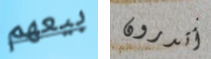
بيعهم أتدرون